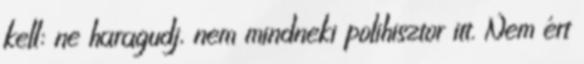
kell: ne haragudj, nem mindneki polihisztor itt. Nem ért